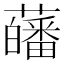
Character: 𧂉